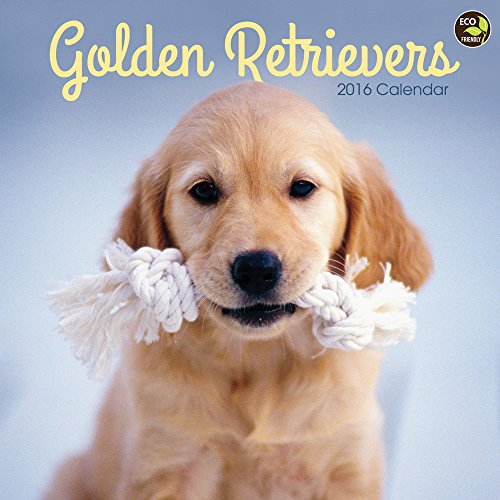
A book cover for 2016 Golden Retrievers Wall Calendar; TF Publishing; Calendars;